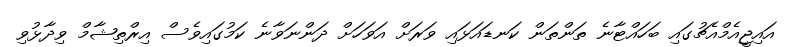
އައިޖީއެމްއެޗުގައި ބަހައްޓާނެ ތަންތަން ކަނޑައަޅައި ވަރަށް އަވަހަށް ދަންނަވާނެ ކަމުގައިވެސް އިރްތިޝާމް ވިދާޅުވި